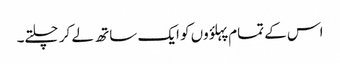
اس کے تمام پہلؤوں کو ایک ساتھ لے کر چلتے۔